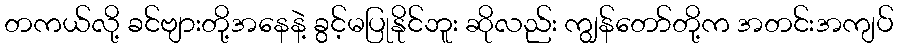
တကယ်လို့ ခင်ဗျားတို့အနေနဲ့ ခွင့်မပြုနိုင်ဘူး ဆိုလည်း ကျွန်တော်တို့က အတင်းအကျပ်